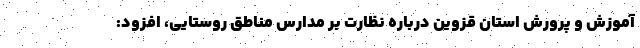
آموزش و پرورش استان قزوین درباره نظارت بر مدارس مناطق روستایی، افزود: